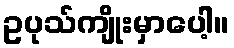
ဥပုသ်ကျိုးမှာပေါ့။